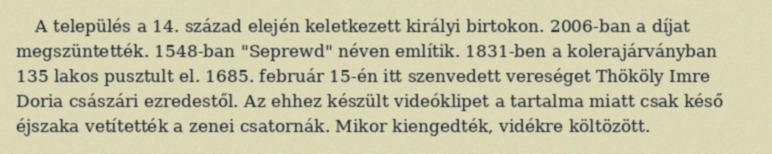
A település a 14. század elején keletkezett királyi birtokon. 2006-ban a díjat megszüntették. 1548-ban "Seprewd" néven említik. 1831-ben a kolerajárványban 135 lakos pusztult el. 1685. február 15-én itt szenvedett vereséget Thököly Imre Doria császári ezredestől. Az ehhez készült videóklipet a tartalma miatt csak késő éjszaka vetítették a zenei csatornák. Mikor kiengedték, vidékre költözött.